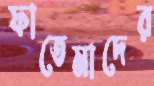
ফাতেমাদের